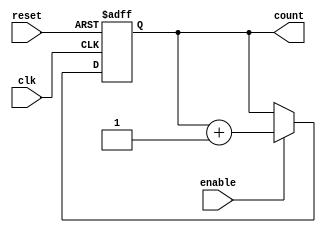
module synchronous_counter(
  input wire clk,
  input wire reset,
  input wire enable,
  
  output reg [7:0] count
);

reg [7:0] next_count;

always @ (posedge clk or posedge reset) begin
  if (reset) begin
    count <= 8'b00000000;
  end else if (enable) begin
    count <= next_count;
  end
end

always @ (*) begin
  if (enable) begin
    next_count = count + 1;
  end else begin
    next_count = count - 1;
  end
end

endmodule